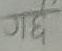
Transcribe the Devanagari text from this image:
०18